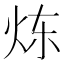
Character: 𮳣